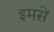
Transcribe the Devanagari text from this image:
इमसें